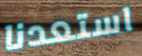
استعدنا